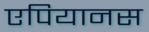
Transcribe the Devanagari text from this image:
एपियानस